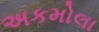
અકમોલા